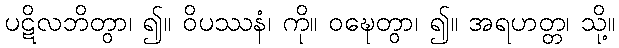
ပဋိလဘိတွာ၊ ၍။ ဝိပဿနံ၊ ကို။ ဝဍ္ဎေတွာ၊ ၍။ အရဟတ္တ၊ သို့။